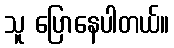
သူ ပြောနေပါတယ်။